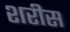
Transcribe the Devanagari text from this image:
शरीस